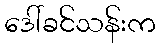
ဒေါ်ခင်သန်းက